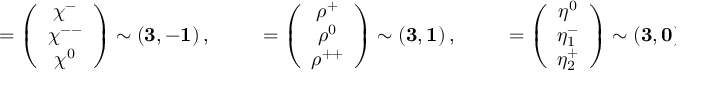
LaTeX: { \bf \chi } = \left( \begin{array} { c } { { \chi ^ { - } } } \\ { { \chi ^ { -- } } } \\ { { \chi ^ { 0 } } } \end{array} \right) \sim \left( { \bf 3 } , { \bf - 1 } \right) , \qquad { \bf \rho } = \left( \begin{array} { c } { { \rho ^ { + } } } \\ { { \rho ^ { 0 } } } \\ { { \rho ^ { + + } } } \end{array} \right) \sim \left( { \bf 3 } , { \bf 1 } \right) , \qquad { \bf \eta } = \left( \begin{array} { c } { { \eta ^ { 0 } } } \\ { { \eta _ { 1 } ^ { - } } } \\ { { \eta _ { 2 } ^ { + } } } \end{array} \right) \sim \left( { \bf 3 } , { \bf 0 } \right) .